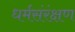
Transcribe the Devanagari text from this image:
धर्मसंरंक्षण